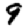
Digit: 9